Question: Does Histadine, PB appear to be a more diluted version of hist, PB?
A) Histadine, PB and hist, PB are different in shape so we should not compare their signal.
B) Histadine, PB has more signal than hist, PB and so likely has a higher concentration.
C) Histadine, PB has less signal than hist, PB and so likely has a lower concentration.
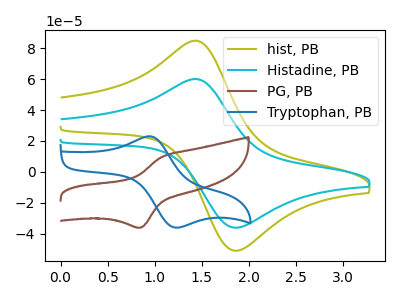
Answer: <think>The olive curve "hist, PB" has an anodic peak at (1.45V, 84.85uA) and a cathodic peak at (1.90V, -50.95uA). The cyan curve "Histadine, PB" has an anodic peak at (1.45V, 60.05uA) and a cathodic peak at (1.90V, -36.05uA). The brown curve "PG, PB" has an anodic peak at (1.05V, 9.40uA) and a cathodic peak at (0.85V, -36.15uA). The blue curve "Tryptophan, PB" has an anodic peak at (0.95V, 23.00uA) and a cathodic peak at (1.20V, -35.90uA).
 All the peaks in "Histadine, PB" have a peak in "hist, PB" at the same potential. Every peak in "Histadine, PB" is lower than every peak in "hist, PB".</think>
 <answer>C) "Histadine, PB" has less signal than "hist, PB" and so likely has a lower concentration.</answer>
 <eval>C</eval>